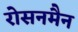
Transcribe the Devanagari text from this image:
रोसनमैन